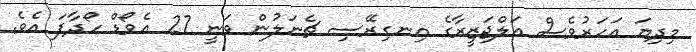
މިދިޔަ އަހަރުވެސް އަލްޖަޒީރާގެ އިނގިރޭސި ޗެނަލުން ވަނީ 27 އެވޯޑް ހޯދާފަ އެވެ.